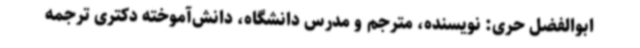
ابوالفضل حری: نویسنده، مترجم و مدرس دانشگاه، دانش‌آموخته دکتری ترجمه